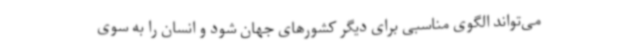
می‌تواند الگوی مناسبی برای دیگر کشورهای جهان شود و انسان را به سوی